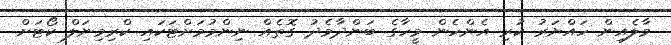
މާލެއިން ހައްޔަރު ކުރި އެންހެން މީހާގެ ބަންދާމެދު ގޮތެއް ނިންމުމަށްޓަކައި ކްރިމިނަލް ކޯޓަށް